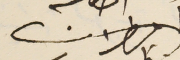
المطران